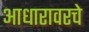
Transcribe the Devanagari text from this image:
आधारावरचे